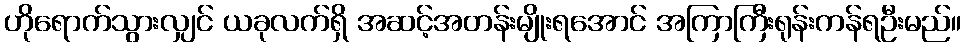
ဟိုရောက်သွားလျှင် ယခုလက်ရှိ အဆင့်အတန်းမျိုးရအောင် အကြာကြီးရုန်းကန်ရဦးမည်။